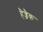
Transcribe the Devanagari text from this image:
हैज्जैक